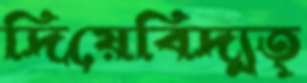
দিয়েবিদ্যুত্